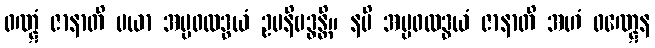
ဝဏ္ဋံ ဇာနာတိ မယာ အမ္ဗဖလဒွယံ ဥပနိဗဒ္ဓန္တိ။ နပိ အမ္ဗဖလဒွယံ ဇာနာတိ အဟံ ဝဏ္ဋေန